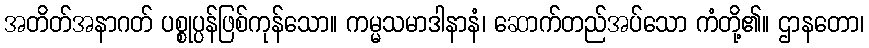
အတိတ်အနာဂတ် ပစ္စုပ္ပန်ဖြစ်ကုန်သော။ ကမ္မသမာဒါနာနံ၊ ဆောက်တည်အပ်သော ကံတို့၏။ ဌာနတော၊